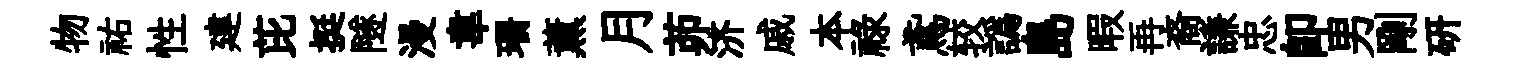
物祐性建芘挺隧漫韋珊薰月茆济戚本禄鳶较譌島暇再裔謙忠卽男剛硏